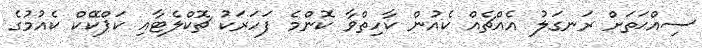
ސިއްޙަތަށް ރަނގަލު އެއްޗެއް ކެއުން ކާހިތްވާ ކޮންމެ ފަހަރަކު ޗޮކްލެޓާއި ކަޕްކޭކް ކެއުމުގެ